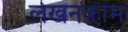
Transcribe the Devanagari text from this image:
लेखनकाम